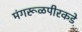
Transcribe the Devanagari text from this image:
मंगरूळपीरकडे